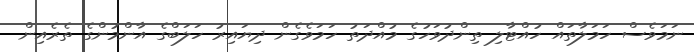
ނަމަވެސް ހަމަލާތައް ހުއްޓާލި ތިންދުވަހުގެ މުއްދަތު ހަމަވެގެން ދިޔައިރު ހަލަބްގެ އާންމުންގެ ތެރެއިން